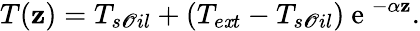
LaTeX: T(\mathbf{z})=T_{s\mathscr{O}il}+\left(T_{e\mathit{x}t}-T_{s\mathscr{O}il}\right)\mathrm{{~e~}}^{-\alpha\mathbf{z}}.